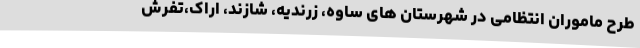
طرح ماموران انتظامی در شهرستان های ساوه، زرندیه، شازند، اراک،تفرش